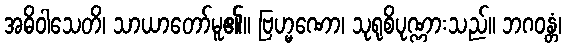
အဓိဝါသေတိ၊ သာယာတော်မူ၏။ ဗြဟ္မဏော၊ သုရုစိပုဏ္ဏားသည်။ ဘဂဝန္တံ၊